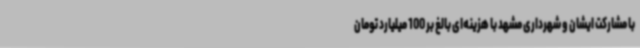
با مشارکت ایشان و شهرداری مشهد با هزینه‌ای بالغ بر 100 میلیارد تومان